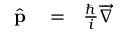
\begin{array} { r l r } { \widehat { { \bf p } } } & { { } = } & { \frac { \hbar } { i } \overrightarrow { \nabla } } \end{array}